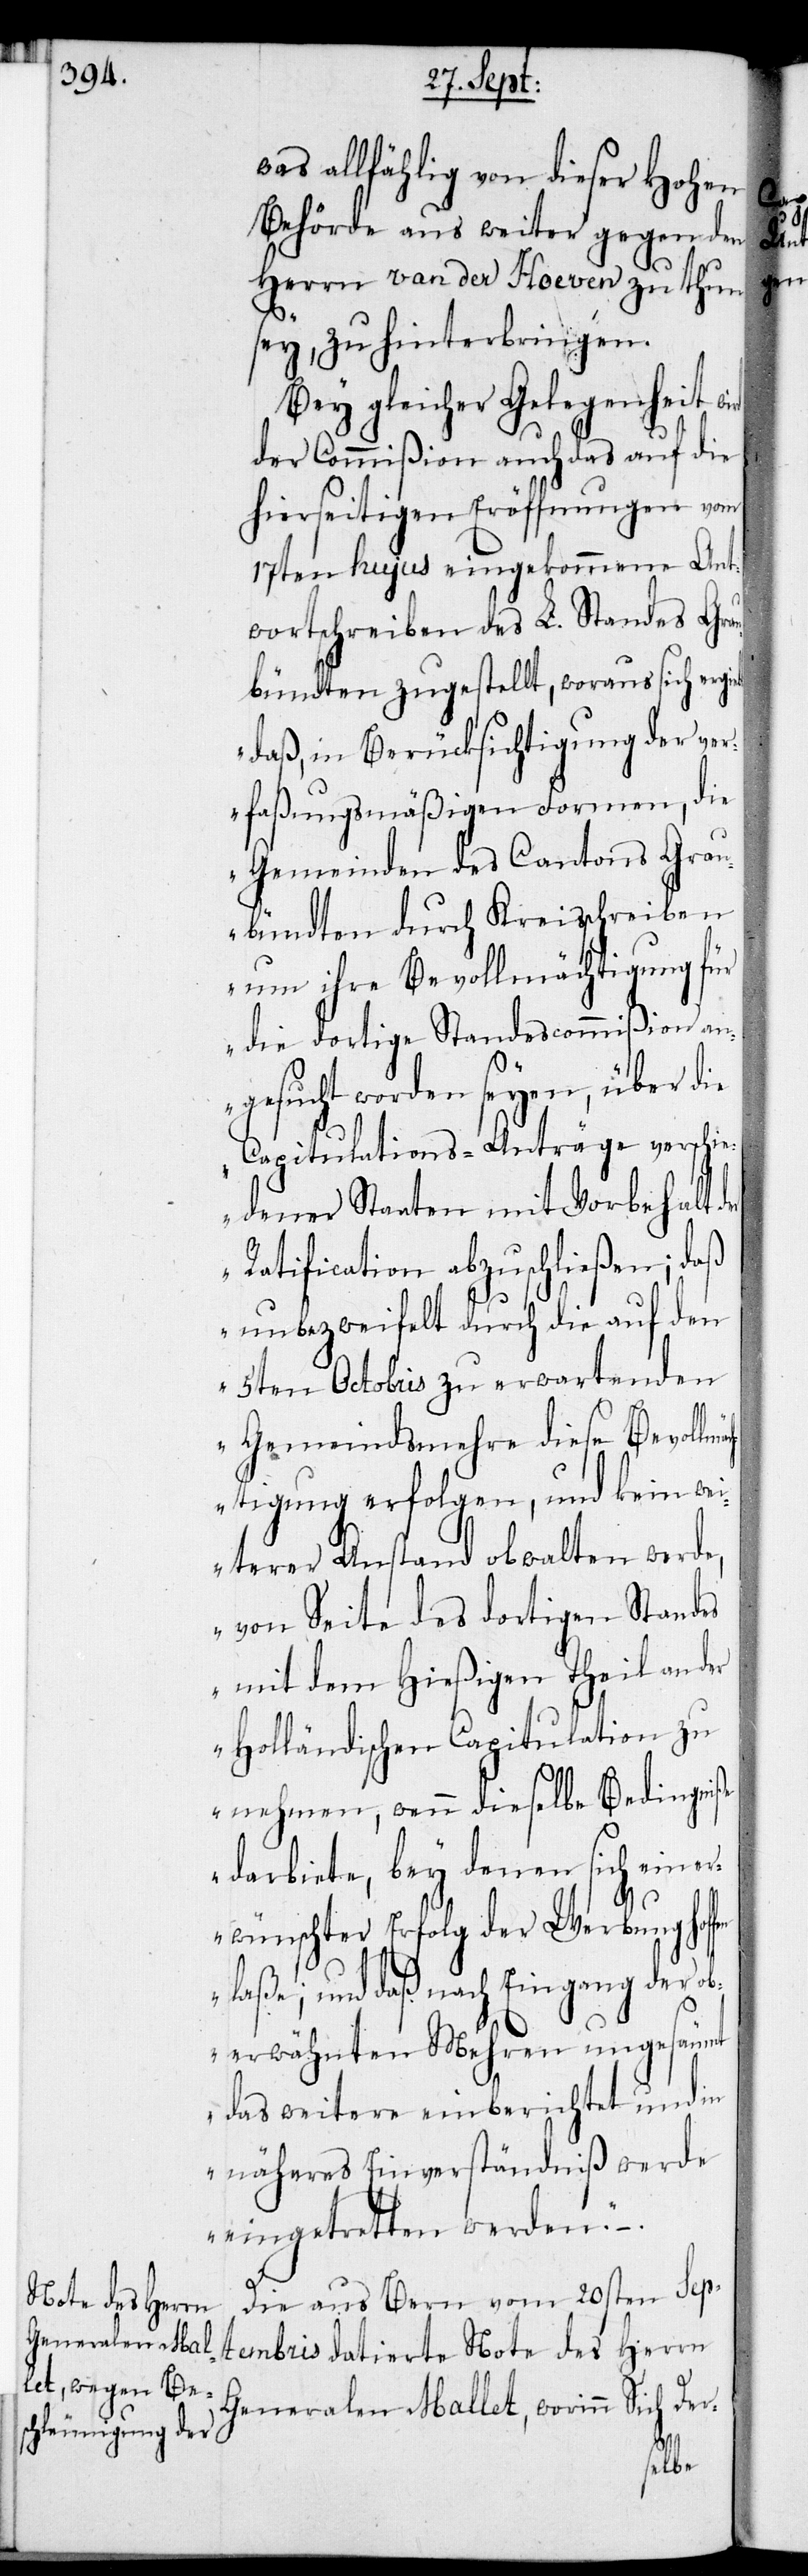
was allfählig von dieser Hohen
Behörde aus weiter gegen den
fen
Herrn van der Hoeven zu thun
sey, zu hinterbringen.
Bey gleicher Gelegenheit w¬
der Commißion auch das auf die
hierseitigen Eröffnungen vom
17ten hujus eingekommene Ant¬
wortschreiben des L. Standes Grau¬
bündten zugestellt, woraus sich ergie¬
„daß, in Berücksichtigung der ver¬
faßungsmäßigen Formen, die
Gemeinden des Cantons Grau¬
bündten durch Kreisschreiben
um ihre Bevollmächtigung für
die dortige Standescommißion an¬
gesucht werden seyen, über die
Capitulations-Anträge verschie¬
dener Staaten mit Vorbehalt
Ratification abzuschließen; daß
unbezweifelt durch die auf den
5ten Octobris zu erwartenden
Gemeindsmehre diese Bevollmä¬
chtigung erfolgen, und kein wei¬
terer Anstand obwalten werde,
von Seite des dortigen Standes
mit dem hießigen Theil an der
Holländischen Capitulation zu
nehmen, wenn dieselbe Bedingniße
darbiete, bey denen sich ein e¬
rwünschter Erfolg der Werbung hof¬
laße; und daß nach Eingang der ob¬
erwähnten Mehren ungesäumt
das weitere einberichtet und in
näheres Einverständniß werde
eingetretten werden.“-.
Die aus Bern vom 20sten Sep¬
tembris datierte Note des Herrn
Generalen Mallet, worinn Sich Der-